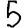
Digit: 5